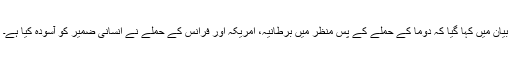
بیان میں کہا گیا کہ دوما کے حملے کے پس منظر میں برطانیہ، امریکہ اور فرانس کے حملے نے انسانی ضمیر کو آسودہ کیا ہے۔